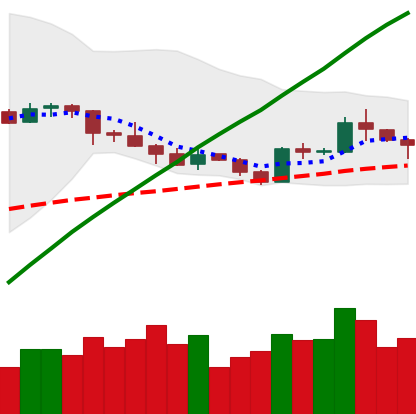
Ticker: LTC-USD
Chart end date: 2019-05-06
Forward return: 18.99%
Label: up_7plus